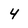
Character: 4